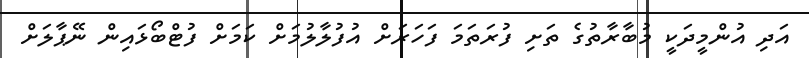
އަދި އުންމީދަކީ މުބާރާތުގެ ތަށި ފުރަތަމަ ފަހަރަށް އުފުލާލުމަށް ކަމަށް ފުޓްބޯޅައިން ނޭޕާލަށް